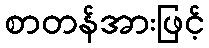
စာတန်အားဖြင့်